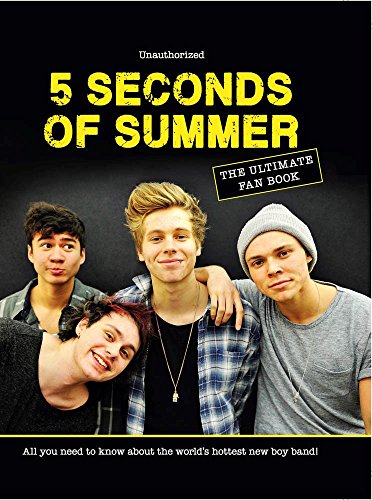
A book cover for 5 Seconds of Summer: The Ultimate Fan Book: All You Need to Know About the World's Hottest New Boy Band!; Malcolm Croft; Children's Books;